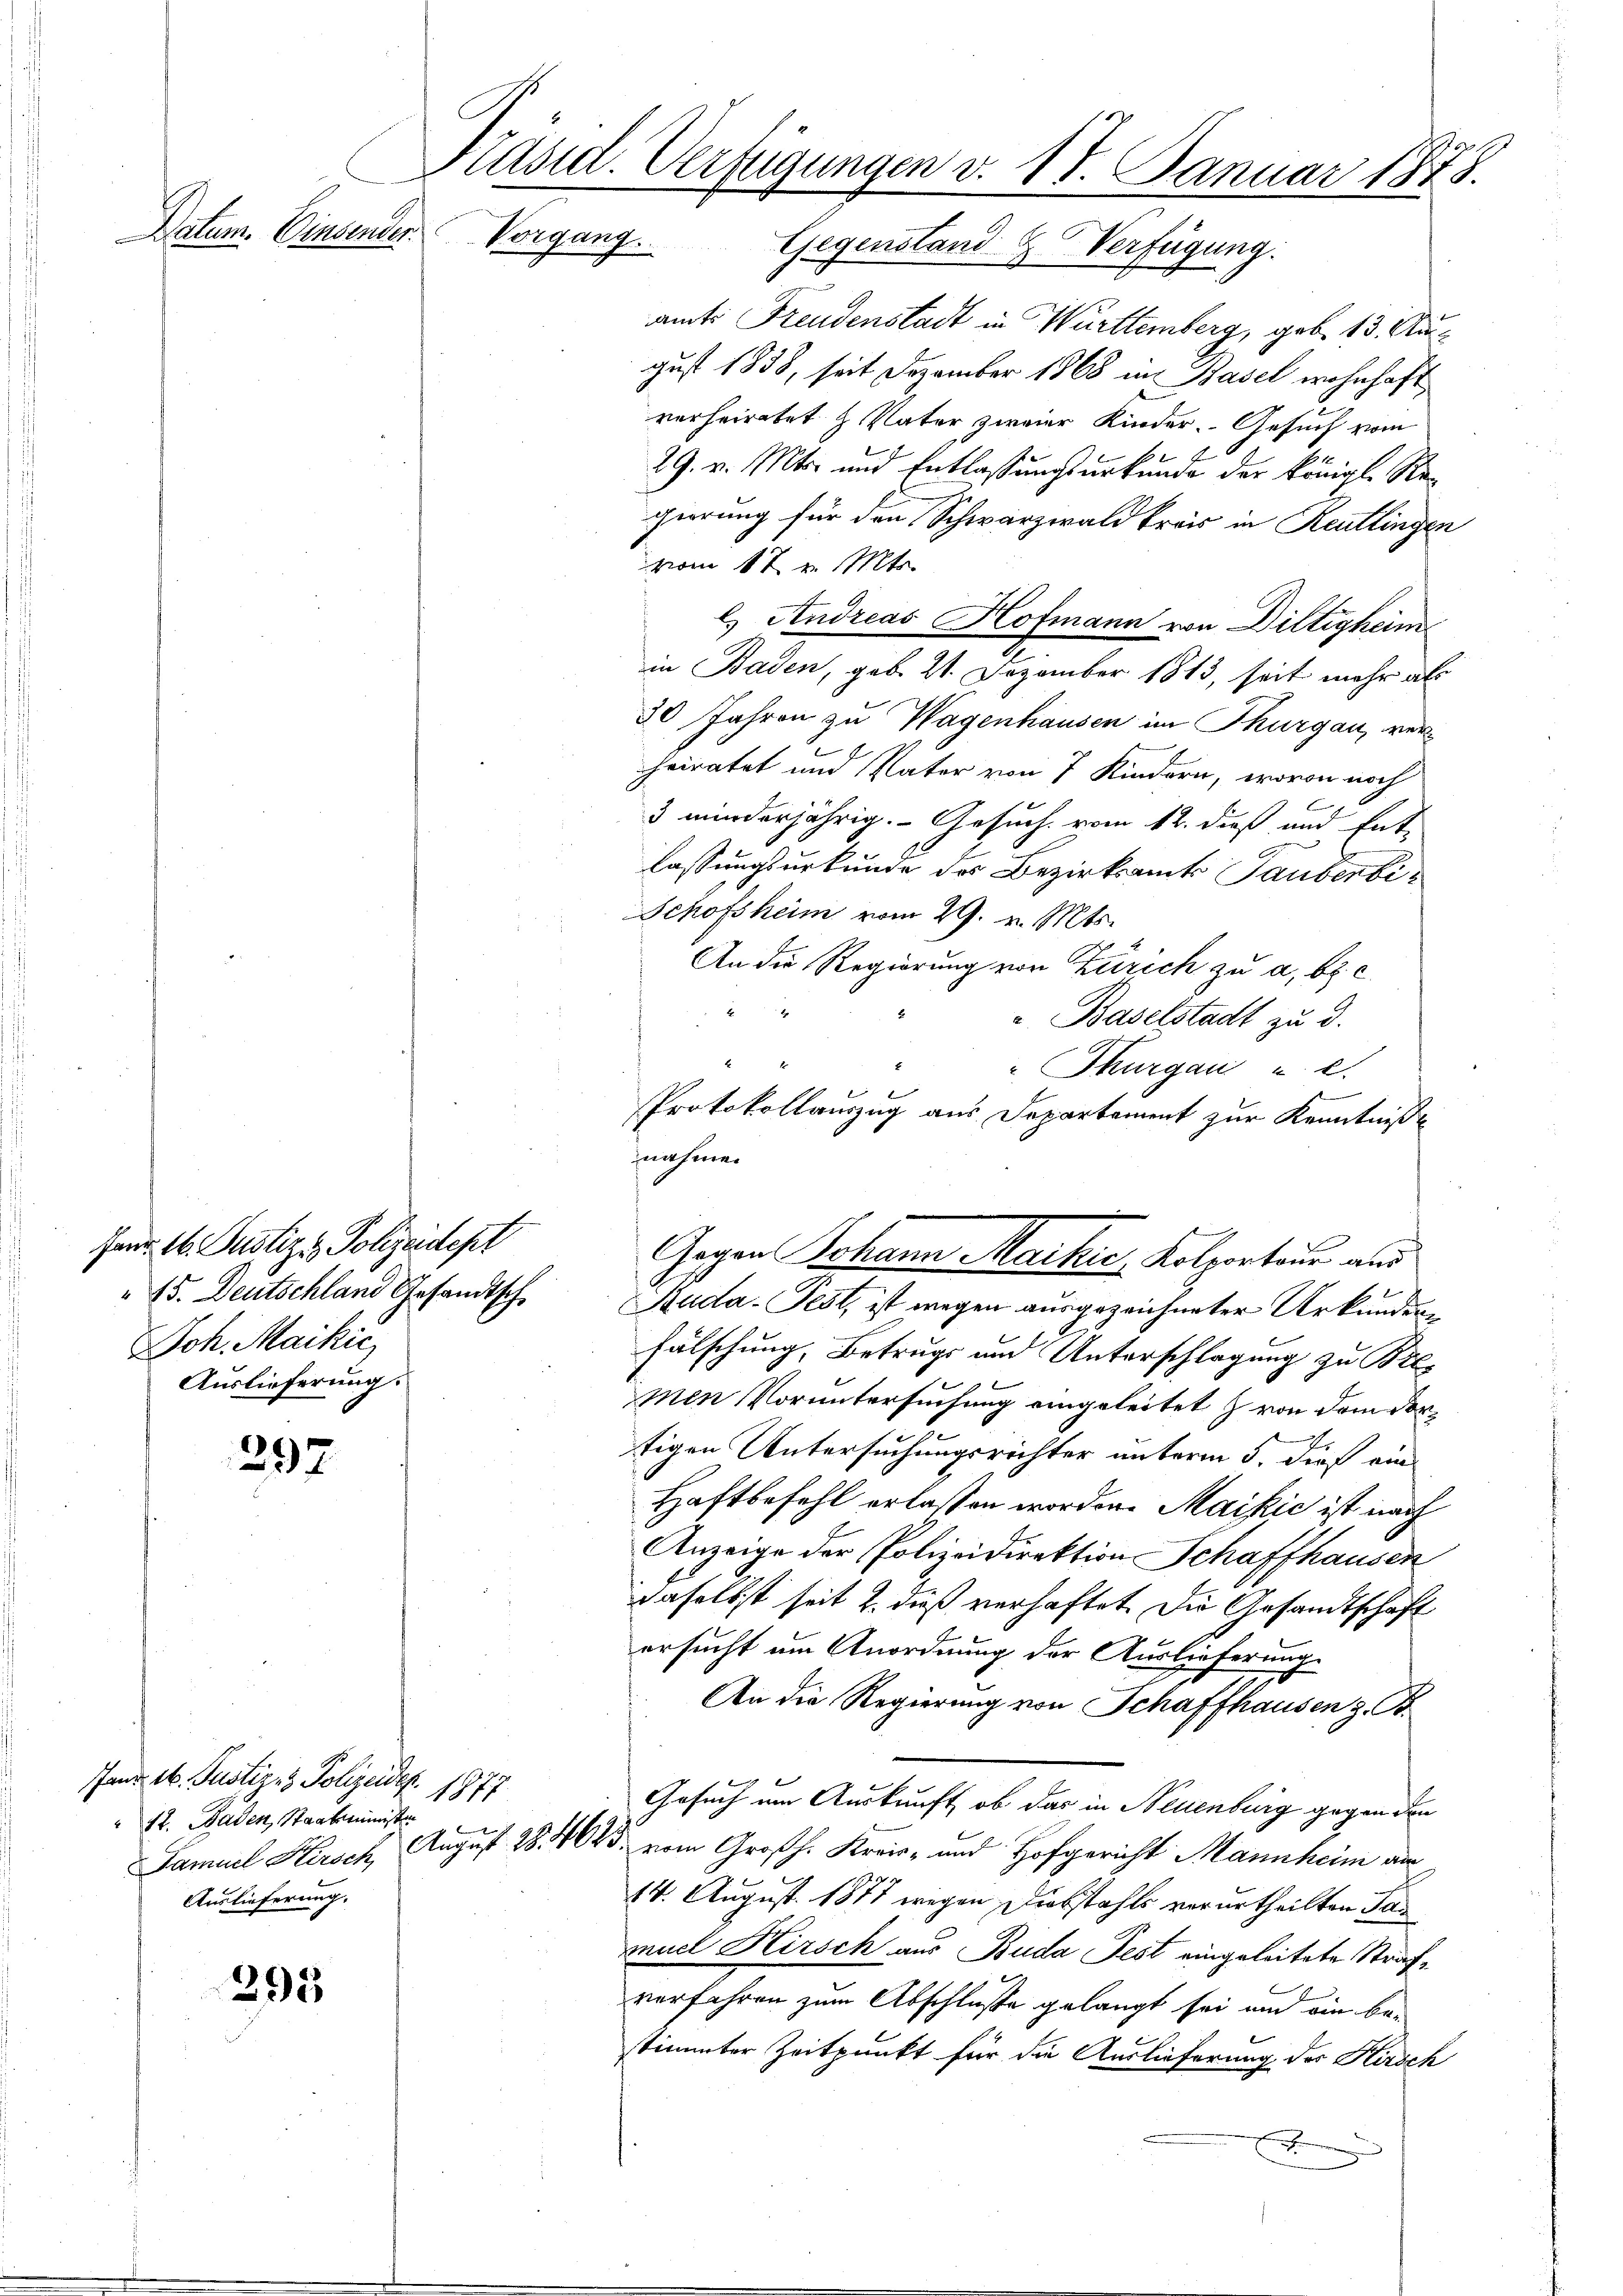
Datum. Einsender

Janr. 16. Justiz & Polizeidept
Joh. Maikić,
Auslieferung.

297

fand 16. Justiz- & Polizeider. 1977.
12. Baden, Staatsminister
Auslieferung.

295

Präsid. Verfügungen v. 17. Januar 1878.
Vorgang. Gegenstand & Verfügung.

amt Freudenstadt in Württemberg, geb. 15. Aus
gust 1838, seit Dezember 1868 in Basel wohnhaft
verheiratet H. Vater, zweier Kinder. Gesuch vom
29. v. Mts. und Entlassungsurkunde der Königl. Regierung für den Schwarzwald kreis in Reutlingen
vom 17. v. Mts.
l.) Andreas Hofmann von Diltigkeim
in Baden, geb. 21. Dezember 1813, seit mehr als
30 Jahren zu Wagenhausen im Thurgau, verheiratet und Vater von 7 Kindern, wovon noch
3 minderjährig. Gesuch vom 12. dieß und Ent-
lassungsurkunde des Bezirksamts Tauberti¬
Schofsheim vom 29. v. Mts.
An die Regierung von Zürich zu a. b. c

" Baselstadt zu 3.
45. Deutschland Gesandtsch. Studa-Fest, ist wegen ausgezeichneter Urkunderfälschung, Betrugs und Unterschlagung zu Bes
men Voruntersuchung eingeleitet & von dem dortigen Untersuchungsrichter unterm 5. dieß ein
Haftbefehl erlassen worden. Maisić ist nach
Anzeige der Polizeidirektion Schaffhausen
daselbst seit 2. dieß verhaftet. Die Gesandtschaft
ersucht um Anordnung der Auslieferung
An die Regierung von Schaffhausen z. B.
Gesuch um Auskunft, ob das in Neuenburg gegen den
Samuel Kersch, August 1846 vom Großh. Kreis- und Hofgericht Mannheim an
14. August 1877 wegen Diebstahls verurtheilten Tan
muel Hirsch aus Buda Fest eingeleitete Strafvorfahren zum Abschluße gelangt sei und ein be-
stimmter Zeitpunkt für die Auslieferung der Kirsch
x
E

F
" Thurgau u. l.
Protokollauszug aus Departement zur Kenntniße
nahmen
Gegen Johann Markić, Kolportaus aus